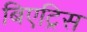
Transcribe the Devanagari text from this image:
बिएट्रिस